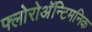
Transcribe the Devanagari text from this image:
फ्लोरोअॅन्टिमनिक